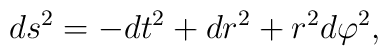
ds^2 = - dt^2 + dr^2 + r^2 d\varphi^2,